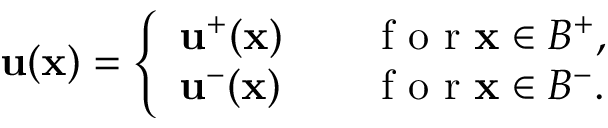
\begin{array} { r } { { \mathbf u } ( { \mathbf x } ) = \left\{ \begin{array} { l l } { { \mathbf u } ^ { + } ( { \mathbf x } ) \quad } & { \mathrm { ~ f ~ o ~ r ~ } { \mathbf x } \in B ^ { + } , } \\ { { \mathbf u } ^ { - } ( { \mathbf x } ) \quad } & { \mathrm { ~ f ~ o ~ r ~ } { \mathbf x } \in B ^ { - } . } \end{array} \right. } \end{array}